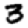
Digit: 3